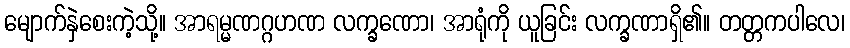
မျောက်နှဲစေးကဲ့သို့။ အာရမ္မဏဂ္ဂဟဏ လက္ခဏော၊ အာရုံကို ယူခြင်း လက္ခဏာရှိ၏။ တတ္တကပါလေ၊